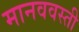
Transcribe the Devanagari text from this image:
मानववस्ती